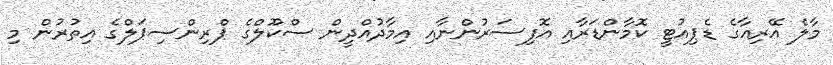
މާލެ އޭރިއާގެ ޑެޕިއުޓީ ކޮމާންޑަރާއި އޮފިސަރުންނާއި އިމާދުއްދީން ސްކޫލްގެ ޕްރިންސިޕަލްގެ އިތުރުން މި